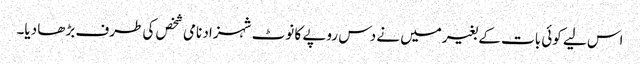
اس لیے کوئی بات کے بغیرمیں نے دس روپے کا نوٹ شہزاد نامی شخص کی طرف بڑھا دیا۔